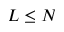
L \leq N